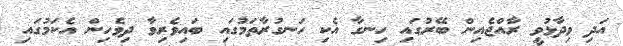
އަދި ވިދާޅުވީ ރާއްޖެއިން ބޭރުގައި ހިނގާ އެކި ހަނގުރާތަމުގައި ބައިވެރިވާ ދިވެހިން އެކަމުގައި